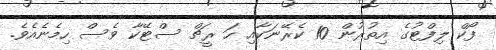
ފޯކް ލިފްޓުގެ އިތުރުން 10 ކެރޭނަކާއި ހަ ރީޗް ސްޓޭކާ ވެސް ހިމެނެއެވެ.